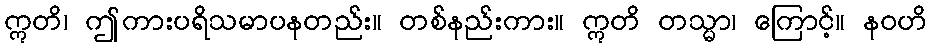
ဣတိ၊ ဤကားပရိသမာပနတည်း။ တစ်နည်းကား။ ဣတိ တသ္မာ၊ ကြောင့်။ နဝဟိ